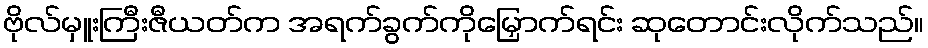
ဗိုလ်မှူးကြီးဇီယတ်က အရက်ခွက်ကိုမြှောက်ရင်း ဆုတောင်းလိုက်သည်။